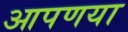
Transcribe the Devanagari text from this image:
आपणया